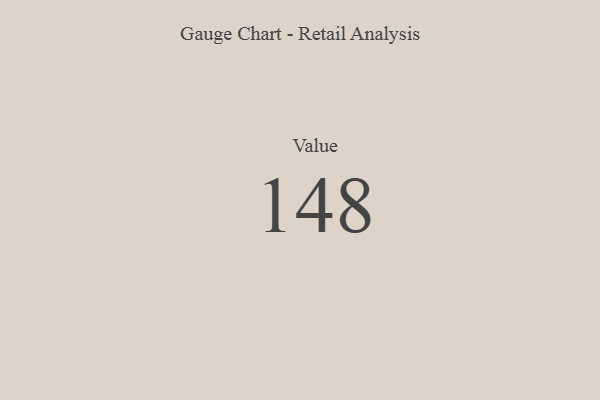
{"axis": {"x": "Metric", "y": "Value"}, "legend": [""], "data": [{"x": "Value", "y": 148, "type": ""}]}